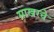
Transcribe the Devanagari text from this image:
साखरचे